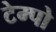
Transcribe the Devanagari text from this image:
टेम्‍पो